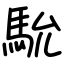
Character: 馻